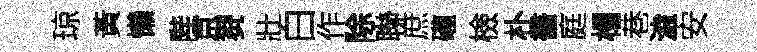
琼黃懶陛京芻壯白作除聯庶礲檢朴畵庭榻巷溘安